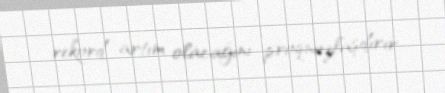
rekord artım olacağını proqnozlaşdırır.